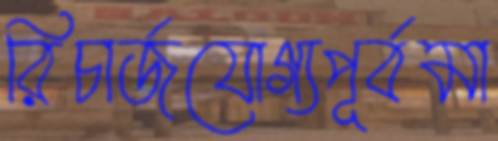
রিচার্জযোগ্যপূর্বমা